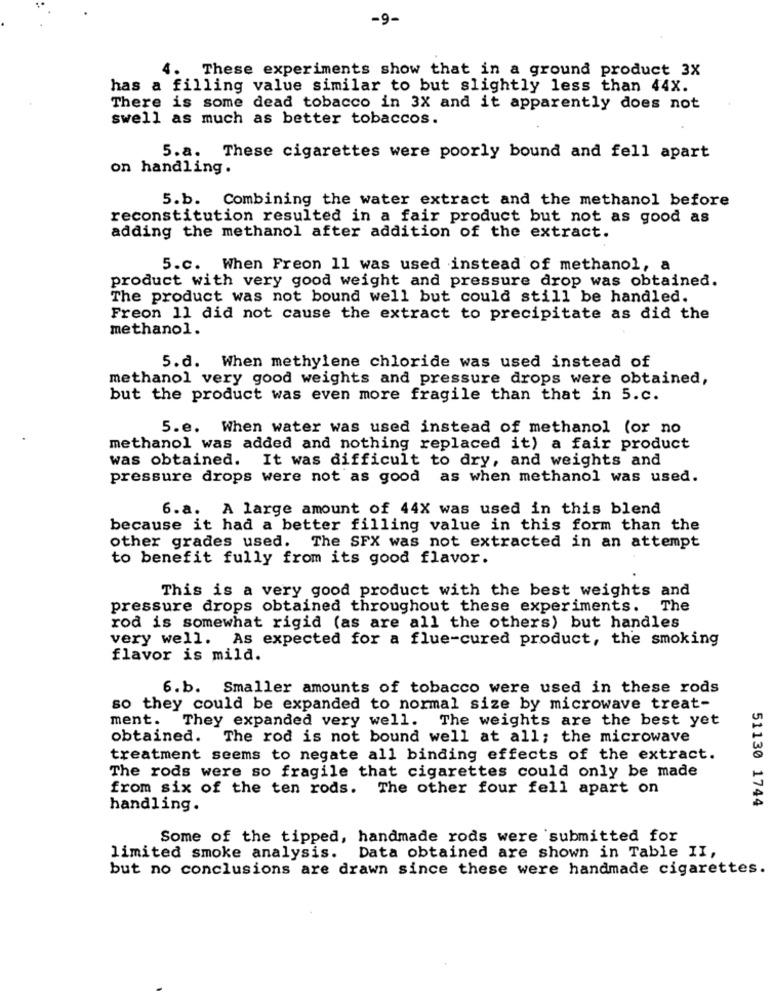
-9-
4.
These experiments show that in a ground product 3X
has a filling value similar to but slightly less than 44X.
There is some dead tobacco in 3X and it apparently does not
swell as much as better tobaccos.
5.a. These cigarettes were poorly bound and fell apart
on handling.
5.b. Combining the water extract and the methanol before
reconstitution resulted in a fair product but not as good as
adding the methanol after addition of the extract.
5.c. When Freon 11 was used instead of methanol, a
product with very good weight and pressure drop was obtained.
The product was not bound well but could still be handled.
Freon 11 did not cause the extract to precipitate as did the
methanol.
5.d. When methylene chloride was used instead of
methanol very good weights and pressure drops were obtained,
but the product was even more fragile than that in 5.c.
5.e. When water was used instead of methanol (or no
methanol was added and nothing replaced it) a fair product
was obtained. It was difficult to dry, and weights and
pressure drops were not as good
as when methanol was used.
6.a. A large amount of 44X was used in this blend
because it had a better filling value in this form than the
other grades used. The SFX was not extracted in an attempt
to benefit fully from its good flavor.
This is a very good product with the best weights and
pressure drops obtained throughout these experiments. The
rod is somewhat rigid (as are all the others) but handles
very well. As expected for a flue-cured product, the smoking
flavor is mild.
6.b. Smaller amounts of tobacco were used in these rods
so they could be expanded to normal size by microwave treat-
ment.
They expanded very well. The weights are the best yet
obtained. The rod is not bound well at all; the microwave
treatment seems to negate all binding effects of the extract.
The rods were so fragile that cigarettes could only be made
from six of the ten rods. The other four fell apart on
51130 1744
handling.
Some of the tipped, handmade rods were submitted for
limited smoke analysis.
Data obtained are shown in Table II,
but no conclusions are drawn since these were handmade cigarettes.